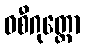
ဝစီဂုတ္တော